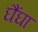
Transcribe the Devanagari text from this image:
घैंघा